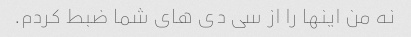
نه من اینها را از سی دی های شما ضبط کردم.